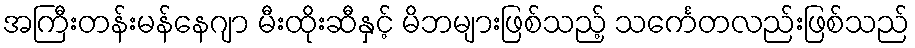
အကြီးတန်းမန်နေဂျာ မီးထိုးဆီနှင့် မိဘများဖြစ်သည့် သင်္ကေတလည်းဖြစ်သည်